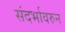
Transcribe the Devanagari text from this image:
संदर्भावरुन